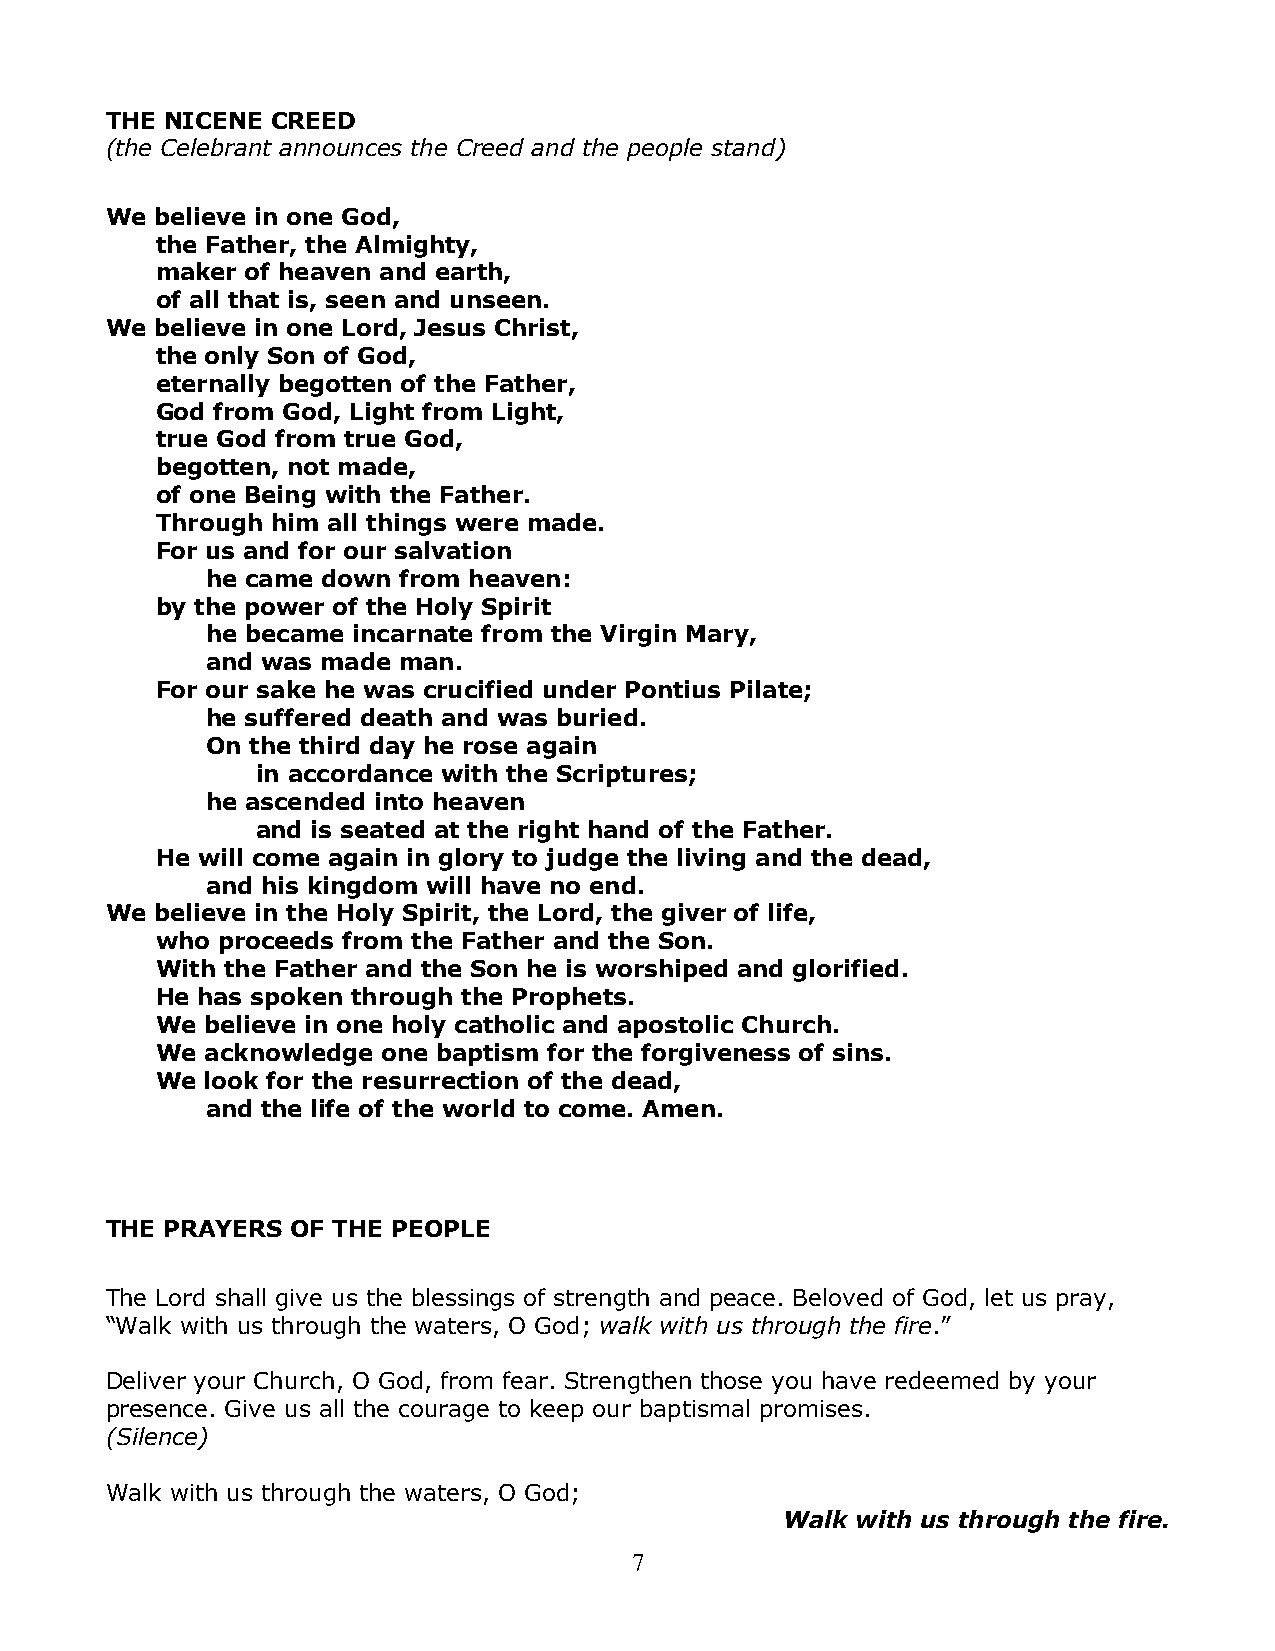
THE NICENE CREED
 (the Celebrant announces the Creed and the people stand)
 We believe in one God,
 the Father, the Almighty,
 maker of heaven and earth,
 of all that is, seen and unseen.
 We believe in one Lord, Jesus Christ,
 the only Son of God,
 eternally begotten of the Father,
 God from God, Light from Light,
 true God from true God,
 begotten, not made,
 of one Being with the Father.
 Through him all things were made.
 For us and for our salvation
 he came down from heaven:
 by the power of the Holy Spirit
 he became incarnate from the Virgin Mary,
 and was made man.
 For our sake he was crucified under Pontius Pilate;
 he suffered death and was buried.
 On the third day he rose again
 in accordance with the Scriptures;
 he ascended into heaven
 and is seated at the right hand of the Father.
 He will come again in glory to judge the living and the dead,
 and his kingdom will have no end.
 We believe in the Holy Spirit, the Lord, the giver of life,
 who proceeds from the Father and the Son.
 With the Father and the Son he is worshiped and glorified.
 He has spoken through the Prophets.
 We  believe in one holy catholic and apostolic Church.
 We  acknowledge one baptism for the forgiveness of sins.
 We  look for the resurrection of the dead,
 and the life of the world to come. Amen.
 THE PRAYERS OF THE PEOPLE
 The Lord shall give us the blessings of strength and peace. Beloved of God, let us pray,
 “Walk with us through the waters, O God; walk with us through the fire.”
 Deliver your Church, O God, from fear. Strengthen those you have redeemed by your
 presence. Give us all the courage to keep our baptismal promises.
 (Silence)
 Walk with us through the waters, O God;
 Walk with us through the fire.
 7